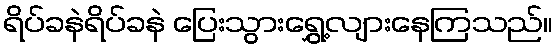
ရိပ်ခနဲရိပ်ခနဲ ပြေးသွားရွှေ့လျားနေကြသည်။